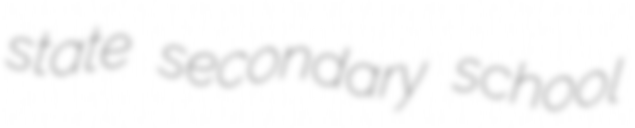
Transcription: state secondary school